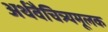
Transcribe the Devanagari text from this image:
अर्थवैचित्र्यमूलक